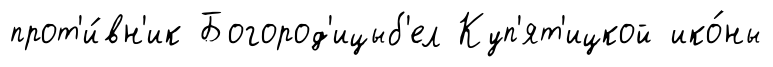
прот'и́вн'ик Богород'ицыб'ел Куп'ят'ицкой ико́ны